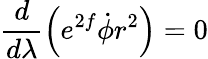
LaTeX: \frac{d}{d\lambda}\left(e^{2f}\dot{\phi}r^{2}\right)=0